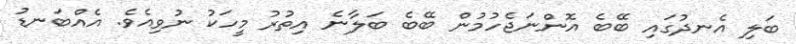
ބަލި އެނދުގައި ބޭބެ އޮންނަޖެހުމުން ބޭބެ ބަލާނެ އިތުރު މީހަކު ނުވިއެވެ. އެއްބަނޑު